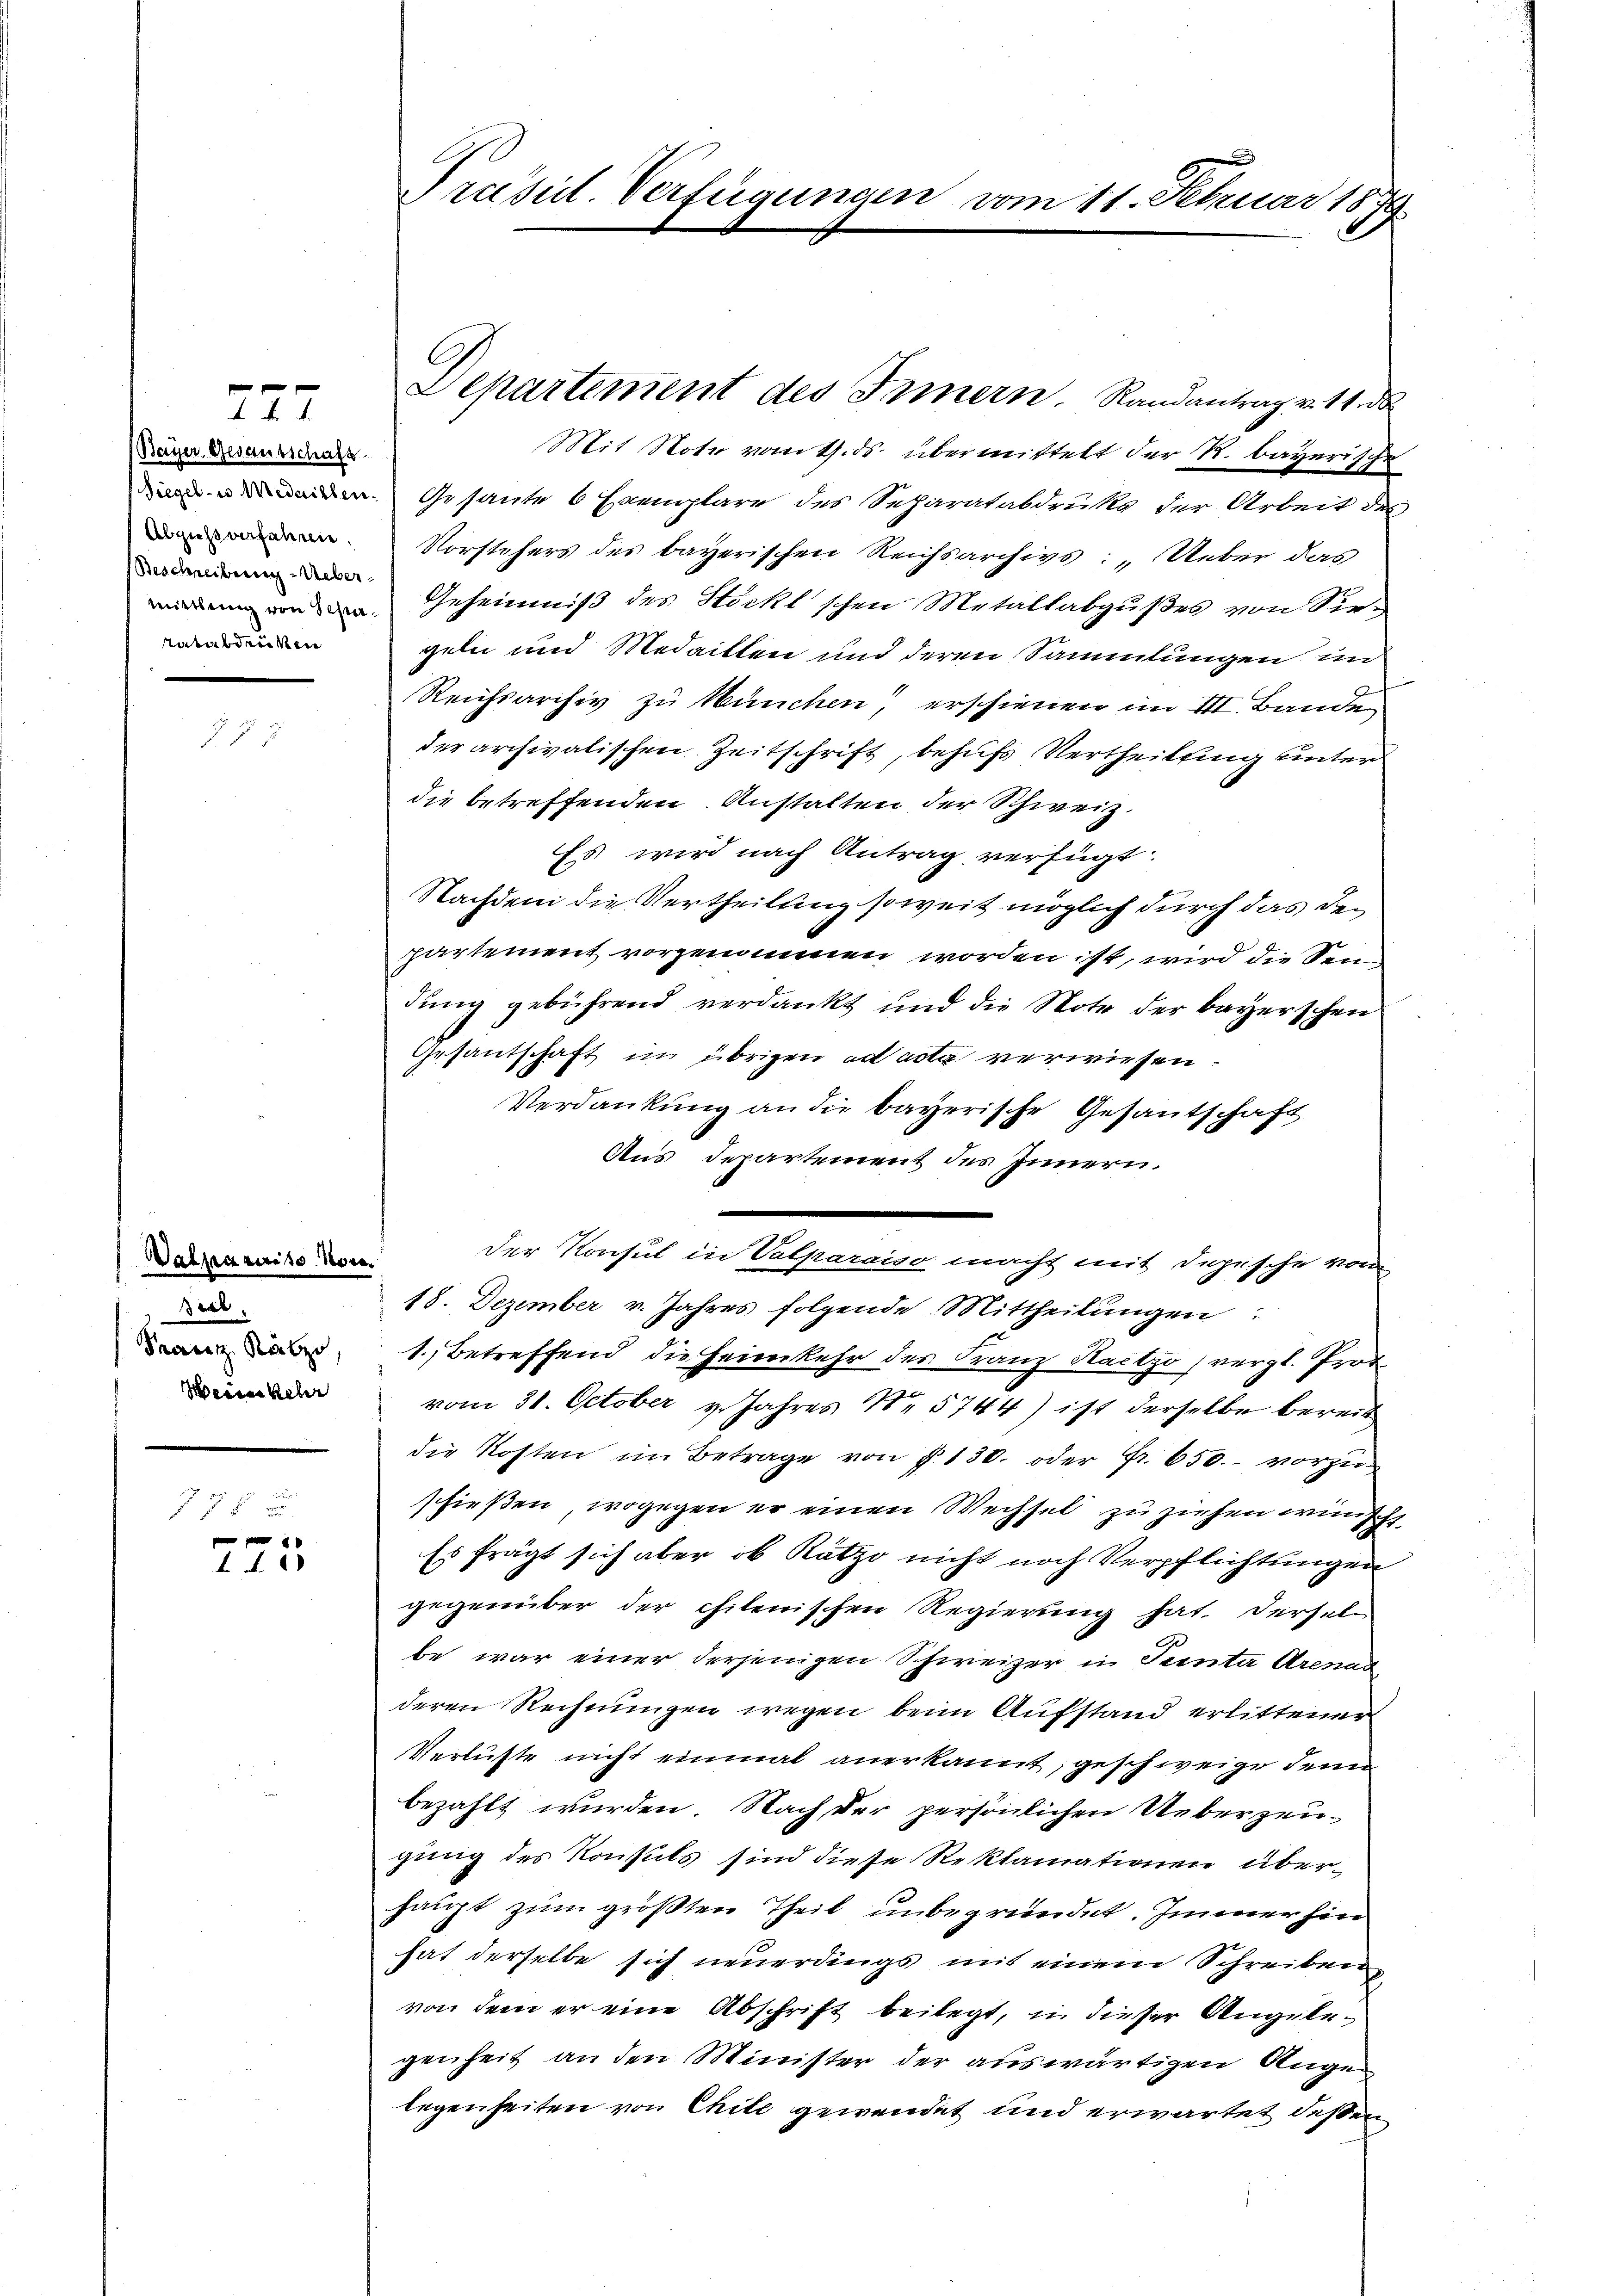
te, aber d
Bayer Gesamtschaft
Siegel- u Medaillen.
Abgusverfahren.
Beschreibung-Ueber¬
Mittlung von Schre¬
Ratabdenken

Vatparirte Vora
seel.
Prantz Rab
Wein kehr

r
77 x x
f
.d. 23

Prasil-Verfügungen vom 11. Februar 1879

Mit Note vom 1. ds. übermittelt der R. bayerische
Gesante 6 Exemplare des Separatabdrucks der Arbeit des
Vorstehers des bayerischen Reichsarchivs: „Ueber das
Geheimniß des Stöckl'schen Metallabgußes von Siezeln und Medaitten und deren Sammlungen un
Reichsarchiv zu München, erschienen im III. Bande
der archivatischen Zeitschrift, behufs Vertheilung unter
die betreffenden Anstalten der Schweiz.
Es wird nach Antrag verfügt
Nachdem die Vertheilung soweit möglich durch das den
partement vorzunimen worden ist, wird die Sendung gebührend verdankt und die Note der bayerschen
Gesandschaft im übrigen ad acta verwiesen.
Verdankung an die bayerische Gesantschaft
Aus Departement des Innern.
18. Dezember v. Jahres folgende Mittheilungen:
1. Betreffend die Heimkehr des Franz Kactzo vergl. Prot
vom 31. October v. Jahres 18. 5744) ist derselbe bereit
die Kosten im Betrage von § 130. oder Fr. 650.- vorzuschießen, wogegen er einen Wechsel zu ziehen wünscht
Es frägt sich aber ob Ratzo nicht noch Verpflichtungen
gegenüber der chilenischen Regierung hat. Dersel
be war einer derjenigen Schweizer in Tenta Arenat
deren Rechnungen wegen beim Aufstand erlittener
Verluste nicht einmal anerkannt, geschweige denn
bezahlt wurden. Nach der persönlichen Ueberzeugung des Konsuls sind diese Reklamationen überhaupt zum größten Theil unbegründet. Immer hin
hat derselbe sich neuerdings mit einem Schreiben
von dem er eine Abschrift beilegt, in dieser Angelegenheit an den Minister der auswärtigen Auge
legenheiten von Chite gewendet und erwartet deßen

Departement des Innern. Randantrag v. 11 d

2
Der Konsul in Valparaiso macht mit Depesche von